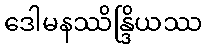
ဒေါမနဿိန္ဒြိယဿ